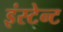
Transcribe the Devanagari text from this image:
इंस्टेन्ट